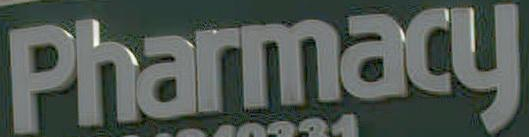
Pharmacy